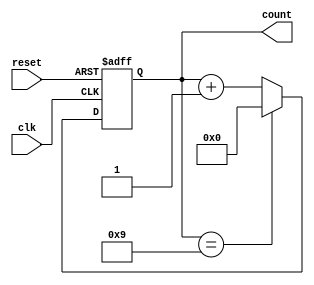
module DecadeCounter (
    input wire clk,          // Clock input
    input wire reset,        // Asynchronous reset input
    output reg [3:0] count   // 4-bit output for the count
);

// Asynchronous reset and counting logic
always @(posedge clk or posedge reset) begin
    if (reset) begin
        count <= 4'b0000;   // Reset the count to 0
    end else begin
        if (count == 4'b1001) begin
            count <= 4'b0000; // Reset to 0 when count reaches 10 (binary 1010)
        end else begin
            count <= count + 1; // Increment the count
        end
    end
end

endmodule